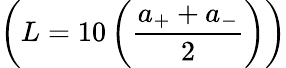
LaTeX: \left(L=10\left(\frac{a_{+}+a_{-}}{2}\right)\right)